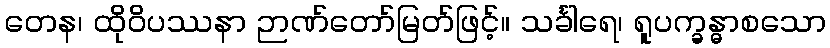
တေန၊ ထိုဝိပဿနာ ဉာဏ်တော်မြတ်ဖြင့်။ သင်္ခါရေ၊ ရူပက္ခန္ဓာစသော